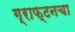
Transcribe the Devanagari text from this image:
ग्राफ्टनचा